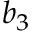
b _ { 3 }